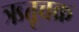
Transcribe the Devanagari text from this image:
ऋतूचक्र